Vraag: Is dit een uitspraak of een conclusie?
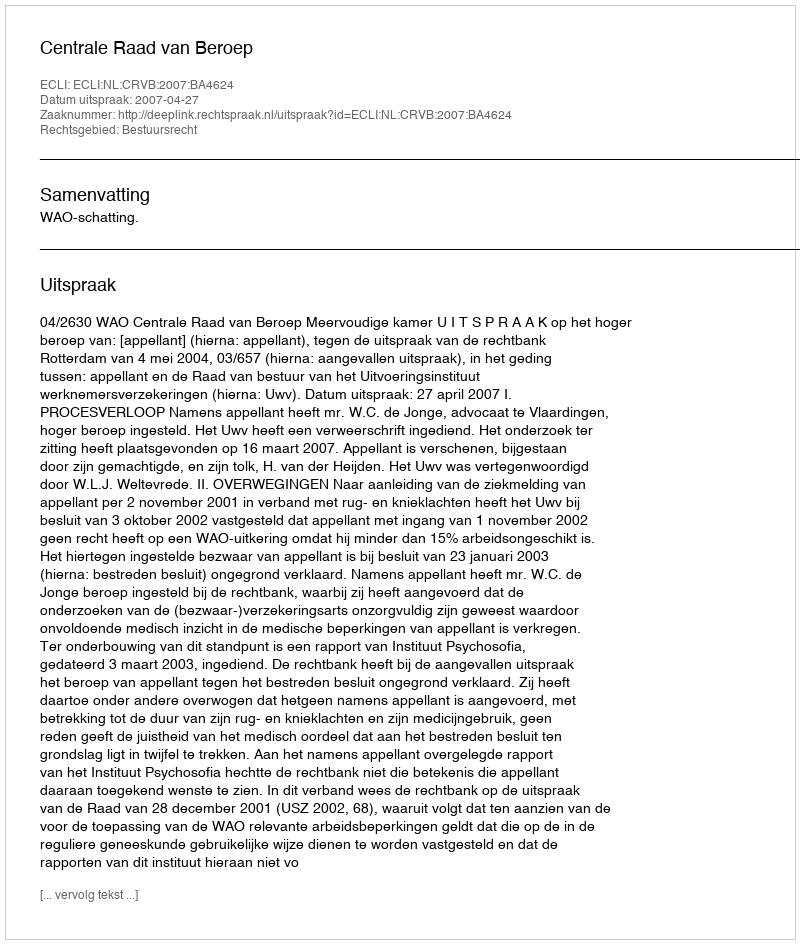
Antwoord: Uitspraak